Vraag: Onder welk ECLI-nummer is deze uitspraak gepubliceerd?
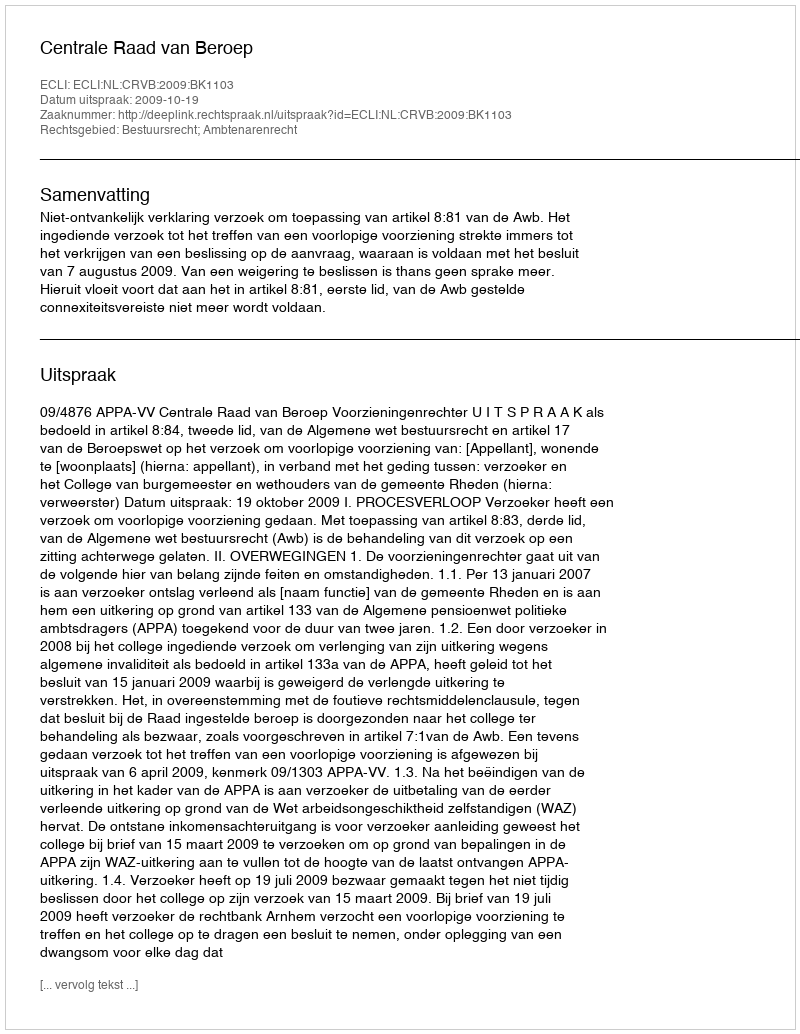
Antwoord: ECLI:NL:CRVB:2009:BK1103